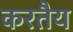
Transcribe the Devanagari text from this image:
करतैय